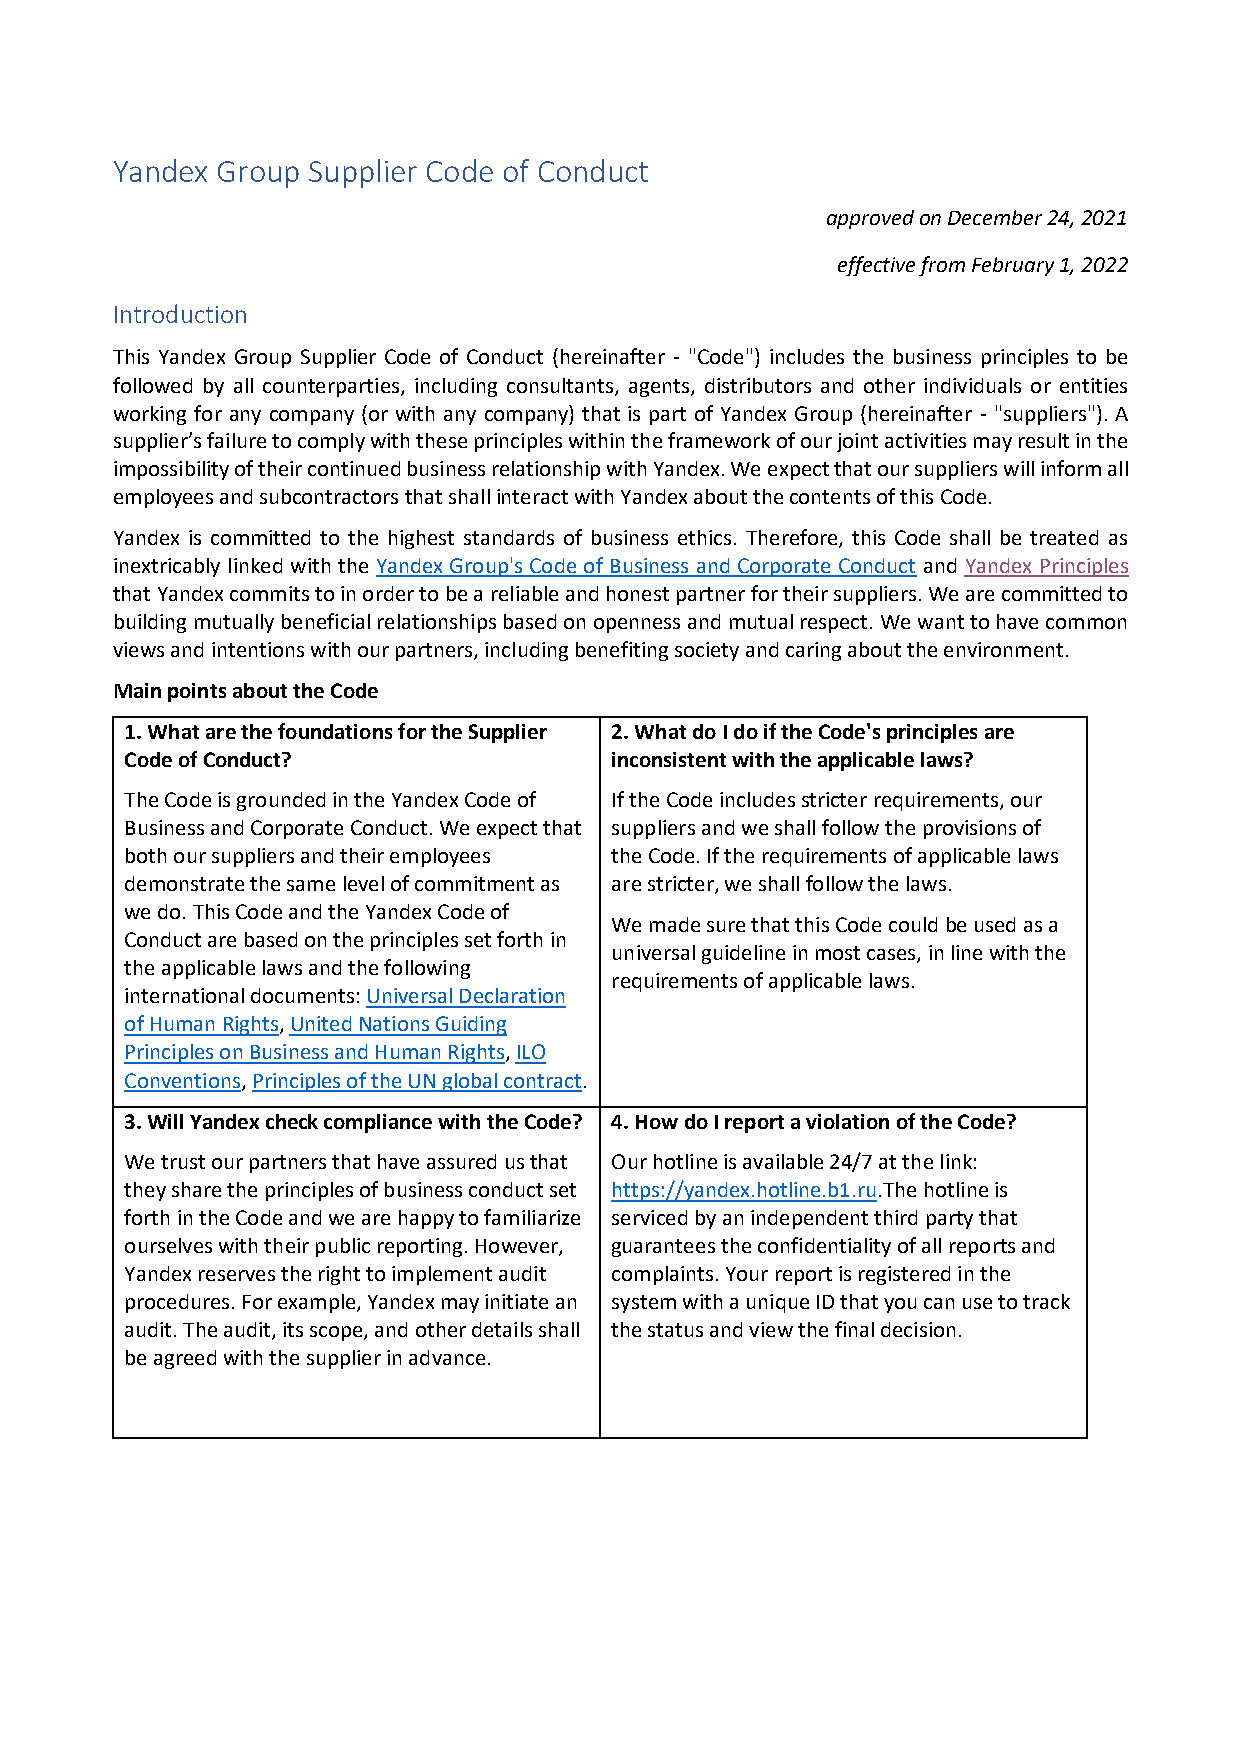
Yandex Group Supplier Code of Conduct
 approved on December 24, 2021
 effective from February 1, 2022
 Introduction
 This Yandex Group Supplier Code of Conduct (hereinafter - "Code") includes the business principles to be
 followed by all counterparties, including consultants, agents, distributors and other individuals or entities
 working for any company (or with any company) that is part of Yandex Group (hereinafter - "suppliers"). A
 supplier’s failure to comply with these principles within the framework of our joint activities may result in the
 impossibility of their continued business relationship with Yandex. We expect that our suppliers will inform all
 employees and subcontractors that shall interact with Yandex about the contents of this Code.
 Yandex is committed to the highest standards of business ethics. Therefore, this Code shall be treated as
 inextricably linked with the Yandex Group's Code of Business and Corporate Conduct and Yandex Principles
 that Yandex commits to in order to be a reliable and honest partner for their suppliers. We are committed to
 building mutually beneficial relationships based on openness and mutual respect. We want to have common
 views and intentions with our partners, including benefiting society and caring about the environment.
 Main points about the Code
 1. What are the foundations for the Supplier 2. What do I do if the Code's principles are
 Code of Conduct?                inconsistent with the applicable laws?
 The Code is grounded in the Yandex Code of If the Code includes stricter requirements, our
 Business and Corporate Conduct. We expect that suppliers and we shall follow the provisions of
 both our suppliers and their employees the Code. If the requirements of applicable laws
 demonstrate the same level of commitment as are stricter, we shall follow the laws.
 we do. This Code and the Yandex Code of
 We made sure that this Code could be used as a
 Conduct are based on the principles set forth in
 universal guideline in most cases, in line with the
 the applicable laws and the following
 requirements of applicable laws.
 international documents: Universal Declaration
 of Human Rights, United Nations Guiding
 Principles on Business and Human Rights, ILO
 Conventions, Principles of the UN global contract.
 3. Will Yandex check compliance with the Code? 4. How do I report a violation of the Code?
 We trust our partners that have assured us that Our hotline is available 24/7 at the link:
 they share the principles of business conduct set https://yandex.hotline.b1.ru.The hotline is
 forth in the Code and we are happy to familiarize serviced by an independent third party that
 ourselves with their public reporting. However, guarantees the confidentiality of all reports and
 Yandex reserves the right to implement audit complaints. Your report is registered in the
 procedures. For example, Yandex may initiate an system with a unique ID that you can use to track
 audit. The audit, its scope, and other details shall the status and view the final decision.
 be agreed with the supplier in advance.